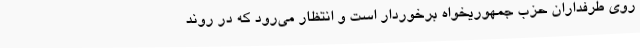
روی طرفداران حزب جمهوریخواه برخوردار است و انتظار می‌رود که در روند